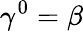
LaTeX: \gamma^{0}=\beta